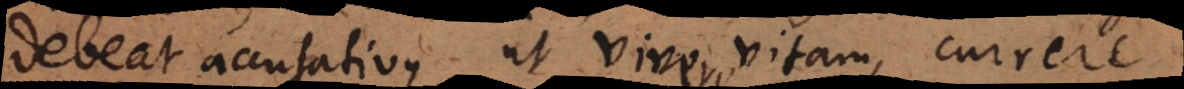
debeat accusativus, ut vivere vitam, currere